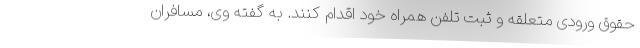
حقوق ورودی متعلقه و ثبت تلفن همراه خود اقدام کنند. به گفته وی، مسافران